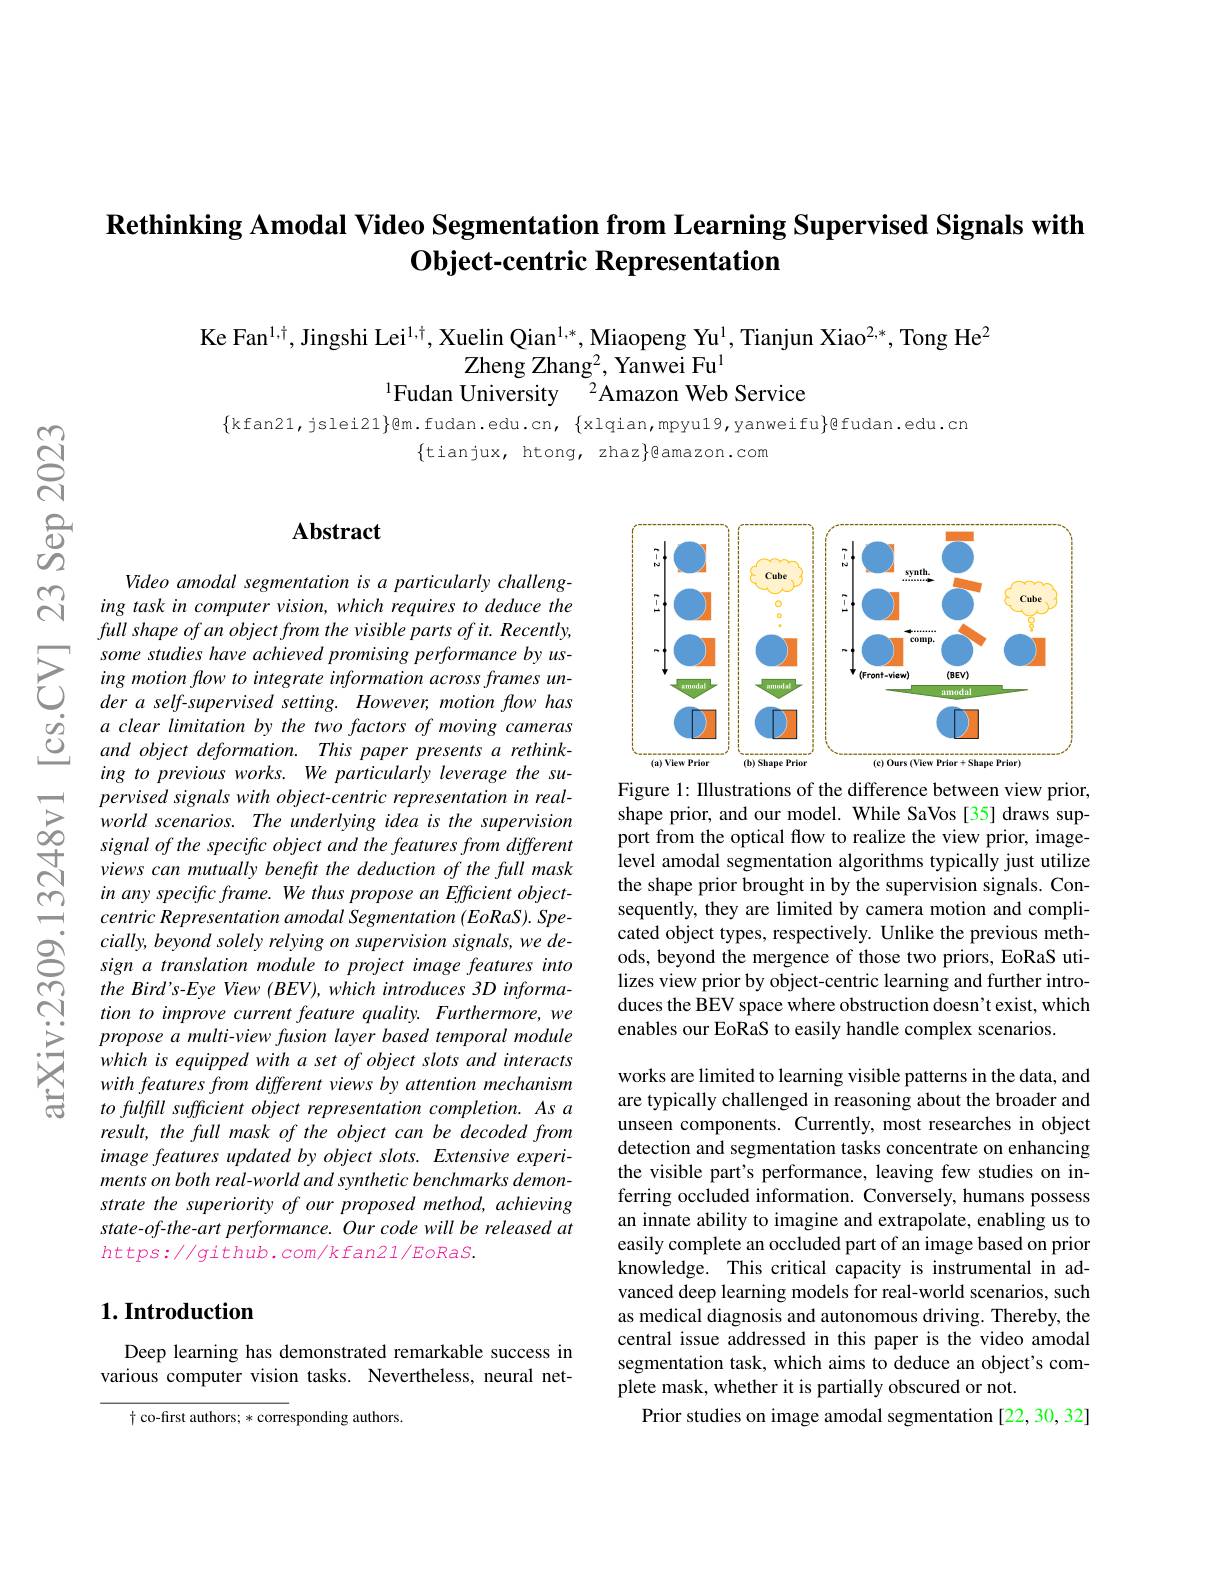
# $\textbf{Rethinking Amodal Video Segmentation from Learning Supervised Signals with}$ $\textbf{Object- centric Representation}$

Ke Fan$^1,\dagger$, Jingshi Lei$^1,\dagger$, Xuelin Qian$^{1,*}$, Miaopeng Yu$^1$, Tianjun Xiao$^2,*$, Tong He$^2$
Zheng Zhan$g^2$, Yanwei F$u^1$
$^{1}$Fudan University$^{2}$Amazon Web Service

$\{$kfan21,jslei21$\}$@m.fudan.edu.cn, $\{$xlqian,mpyu19,yanweifu$\}$gfudan.edu.cn
$\{$tianjux, htong, zhaz$\}$gamazon.com

# Abstract

Video amodal segmentation is a particularly challenging task in computer vision, which requires to deduce the full shape of an object from the visible parts of it. Recently, some studies have achieved promising performance by using motion flow to integrate information across frames under a self-supervised setting. However, motion flow has a clear limitation by the two factors of moving cameras and object deformation. This paper presents a rethinking to previous works. We particularly leverage the supervised signals with object-centric representation in realworld scenarios. The underlying idea is the supervision signal of the specific object and the features from different views can mutually benefit the deduction of the full mask in any specific frame. We thus propose an Efficient objectcentric Representation amodal Segmentation (EoRaS). Spe- $cially,beyondsolelyrelyingonsupervisionsignals,wede-$ sign a translation module to project image features into the Bird's-Eye View (BEV), which introduces 3D information to improve current feature quality. Furthermore, we propose a multi-view fusion layer based temporal module which is equipped with a set of object slots and interacts with features from different views by attention mechanism to fulfill sufficient object representation completion. As a result, the full mask of the object can be decoded from image features updated by object slots. Extensive experiments on both real-world and synthetic benchmarks demonstrate the superiority of our proposed method, achieving state-of-the-art performance. Our code will be released at $https://github.com/kfan21/EoRaS.$

### $1. \textbf{Introduction}$

Deep learning has demonstrated remarkable success in various computer vision tasks. Nevertheless, neural net-

$\dagger$ co-first authors; * corresponding authors.

<FigureHere>

Figure 1: Illustrations of the difference between view prior, shape prior, and our model. While SaVos [35] draws support from the optical flow to realize the view prior, imagelevel amodal segmentation algorithms typically just utilize the shape prior brought in by the supervision signals. Consequently, they are limited by camera motion and complicated object types, respectively. Unlike the previous methods, beyond the mergence of those two priors, EoRaS utilizes view prior by object-centric learning and further introduces the BEV space where obstruction doesn't exist, which enables our EoRaS to easily handle complex scenarios.

works are limited to learning visible patterns in the data, and are typically challenged in reasoning about the broader and unseen components. Currently, most researches in object detection and segmentation tasks concentrate on enhancing the visible part's performance, leaving few studies on inferring occluded information. Conversely, humans possess an innate ability to imagine and extrapolate, enabling us to easily complete an occluded part of an image based on prior knowledge. This critical capacity is instrumental in advanced deep learning models for real-world scenarios, such as medical diagnosis and autonomous driving. Thereby, the central issue addressed in this paper is the video amodal segmentation task, which aims to deduce an object's complete mask, whether it is partially obscured or not.
Prior studies on image amodal segmentation [22,30,32]